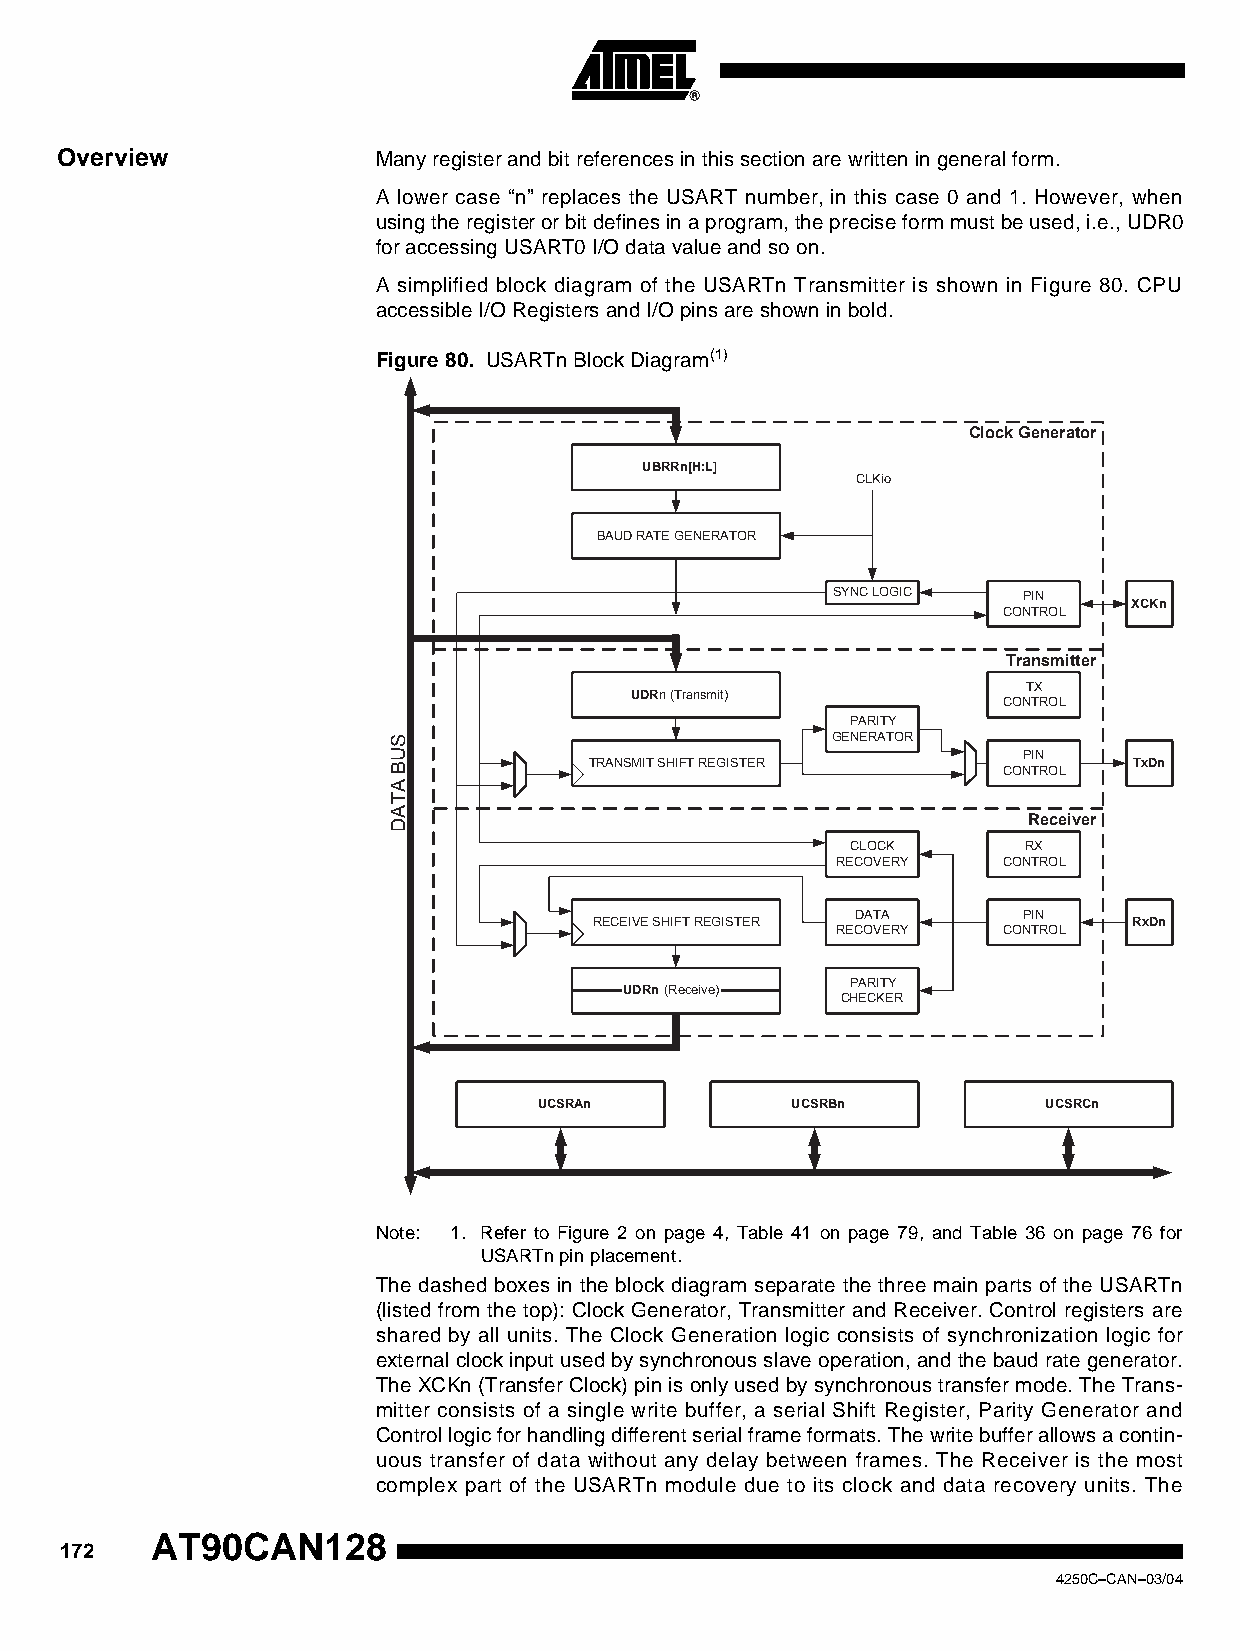
Overview             Many register and bit references in this section are written in general form.
 A lower case “n” replaces the USART number, in this case 0 and 1. However, when
 using the register or bit defines in a program, the precise form must be used, i.e., UDR0
 for accessing USART0 I/O data value and so on.
 A simplified block diagram of the USARTn Transmitter is shown in Figure 80. CPU
 accessible I/O Registers and I/O pins are shown in bold.
 Figure 80. USARTn Block Diagram(1)
 Clock Generator
 UBRRn[H:L]
 CLKio
 BAUD RATE GENERATOR
 SYNC LOGIC   PIN
 XCKn
 CONTROL
 Transmitter
 TX
 UDRn (Transmit)
 CONTROL
 PARITY
 GENERATOR
 PIN
 TRANSMIT SHIFT REGISTER             TxDn
 CONTROL
 Receiver
 CLOCK       RX
 RECOVERY   CONTROL
 DATA       PIN
 RECEIVE SHIFT REGISTER              RxDn
 RECOVERY   CONTROL
 PARITY
 UDRn (Receive)
 CHECKER
 UCSRAn          UCSRBn           UCSRCn
 Note: 1. Refer to Figure 2 on page 4, Table 41 on page 79, and Table 36 on page 76 for
 USARTn pin placement.
 The dashed boxes in the block diagram separate the three main parts of the USARTn
 (listed from the top): Clock Generator, Transmitter and Receiver. Control registers are
 shared by all units. The Clock Generation logic consists of synchronization logic for
 external clock input used by synchronous slave operation, and the baud rate generator.
 The XCKn (Transfer Clock) pin is only used by synchronous transfer mode. The Trans-
 mitter consists of a single write buffer, a serial Shift Register, Parity Generator and
 Control logic for handling different serial frame formats. The write buffer allows a contin-
 uous transfer of data without any delay between frames. The Receiver is the most
 complex part of the USARTn module due to its clock and data recovery units. The
 AT90CAN128
 172
 4250C–CAN–03/04
 SUB
 ATAD